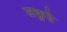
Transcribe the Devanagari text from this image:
सकुहे